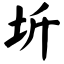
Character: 圻